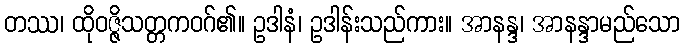
တဿ၊ ထိုဝဇ္ဇိသတ္တကဝဂ်၏။ ဥဒါနံ၊ ဥဒါန်းသည်ကား။ အာနန္ဒ၊ အာနန္ဒာမည်သော